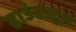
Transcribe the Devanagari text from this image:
हाउंडस्टूथ